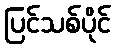
ပြင်သစ်ပိုင်